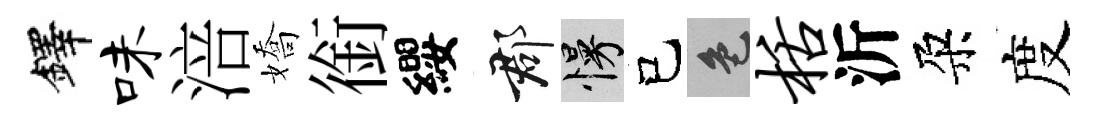
鐸味涪嬌銜纓郡慢己色栝沂朶度